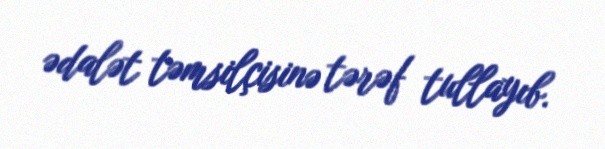
ədalət təmsilçisinə tərəf tullayıb.